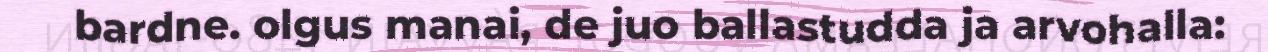
bardne. olgus manai, de juo ballastudda ja arvohalla: